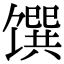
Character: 馔